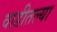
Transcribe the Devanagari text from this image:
वाडीतल्या